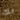
بك